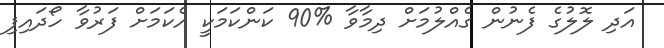
އަދި ލޮލުގެ ފެނުން ގެއްލުމަށް ދިމާވާ %90 ކަންކަމަކީ އެކަމަށް ފަރުވާ ހޯދައިފި